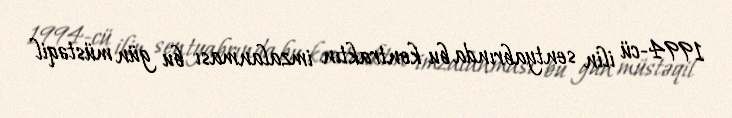
1994-cü ilin sentyabrında bu kontraktın imzalanması bu gün müstəqil